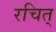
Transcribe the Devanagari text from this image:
रचित्